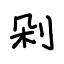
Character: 剁